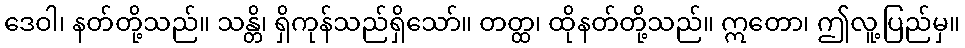
ဒေဝါ၊ နတ်တို့သည်။ သန္တိ၊ ရှိကုန်သည်ရှိသော်။ တတ္ထ၊ ထိုနတ်တို့သည်။ ဣတော၊ ဤလူ့ပြည်မှ။